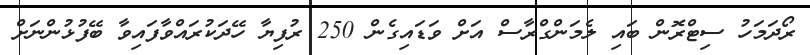
ރޯދަމަހު ސިޓްރޮން ބައި ލެމަންގްރާސް އަށް ވަޑައިގެން 250 ރުފިޔާ ހޭދަކުރައްވާފައިވާ ބޭފުޅުންނަށް